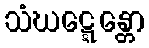
သံဃဋ္ဋေန္တော